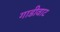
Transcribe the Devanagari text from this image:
गाडीवाट